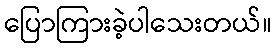
ပြောကြားခဲ့ပါသေးတယ်။